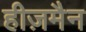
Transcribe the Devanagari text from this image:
हीज़मैन